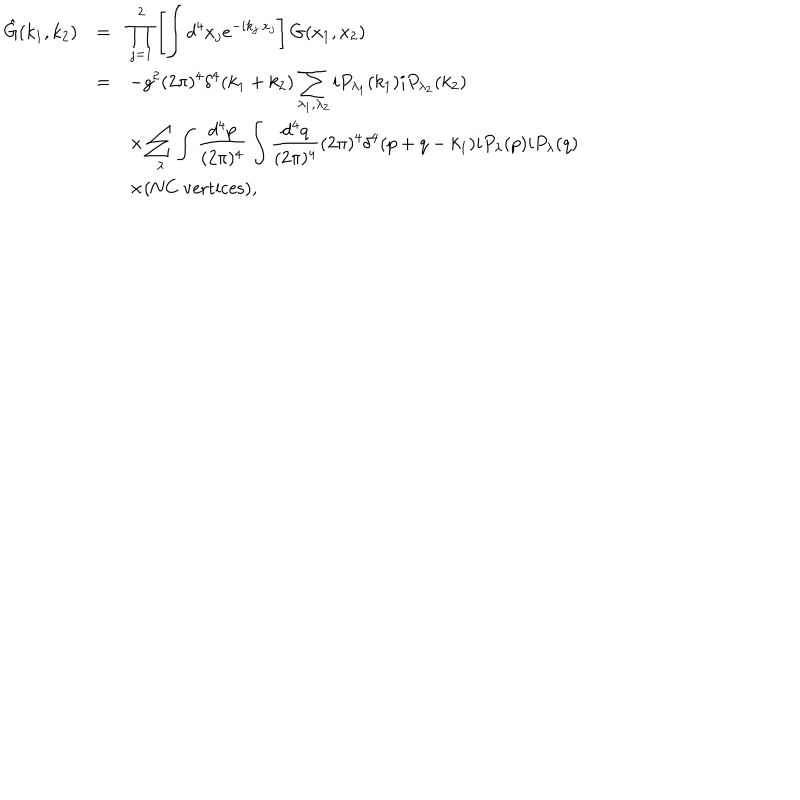
\begin{array} { r c l } { { \hat { G } ( k _ { 1 } , k _ { 2 } ) } } & { { = } } & { { \displaystyle \prod _ { j = 1 } ^ { 2 } \left[ \int d ^ { 4 } x _ { j } e ^ { - i k _ { j } \cdot x _ { j } } \right] G ( x _ { 1 } , x _ { 2 } ) } } \\ { { } } & { { = } } & { { \displaystyle - g ^ { 2 } ( 2 \pi ) ^ { 4 } \delta ^ { 4 } ( k _ { 1 } + k _ { 2 } ) \sum _ { \lambda _ { 1 } , \lambda _ { 2 } } i P _ { \lambda _ { 1 } } ( k _ { 1 } ) i P _ { \lambda _ { 2 } } ( k _ { 2 } ) } } \\ { { } } & { { } } & { { \displaystyle \times \sum _ { \lambda } \int \frac { d ^ { 4 } p } { ( 2 \pi ) ^ { 4 } } \int \frac { d ^ { 4 } q } { ( 2 \pi ) ^ { 4 } } ( 2 \pi ) ^ { 4 } \delta ^ { 4 } ( p + q - k _ { 1 } ) i P _ { \lambda } ( p ) i P _ { \lambda } ( q ) } } \\ { { } } & { { } } & { { \times ( \mathrm { N C ~ v e r t i c e s } ) , } } \\ \end{array}